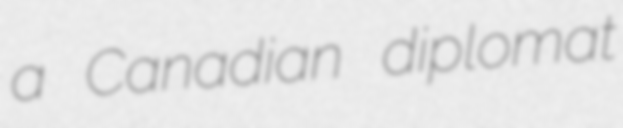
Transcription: a Canadian diplomat